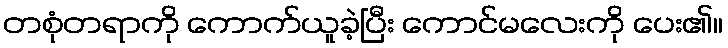
တစုံတရာကို ကောက်ယူခဲ့ပြီး ကောင်မလေးကို ပေး၏။